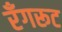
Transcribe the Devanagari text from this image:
रँगरूट